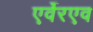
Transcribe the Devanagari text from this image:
एर्वेरएव